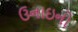
ઉનાઇનો